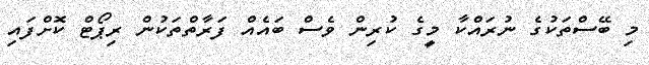
މި ބޭސްތަކުގެ ނުރައްކާ މީގެ ކުރިން ވެސް ބައެއް ފަރާތްތަކުން ރިޕޯޓް ކޮށްފައި